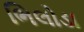
ભિલોડા